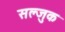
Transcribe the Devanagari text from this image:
सल्जुक